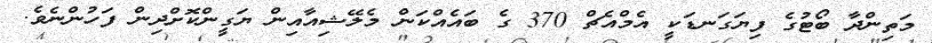
މަތިންދާ ބޯޓުގެ ފިޔަގަނޑަކީ އެމްއެޗް 370 ގެ ބައެއްކަން މެލޭޝިއާއިން ޔަގީންކޮށްދިން ފަހުންނެވެ.